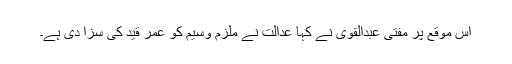
اس موقع پر مفتی عبدالقوی نے کہا عدالت نے ملزم وسیم کو عمر قید کی سزا دی ہے۔